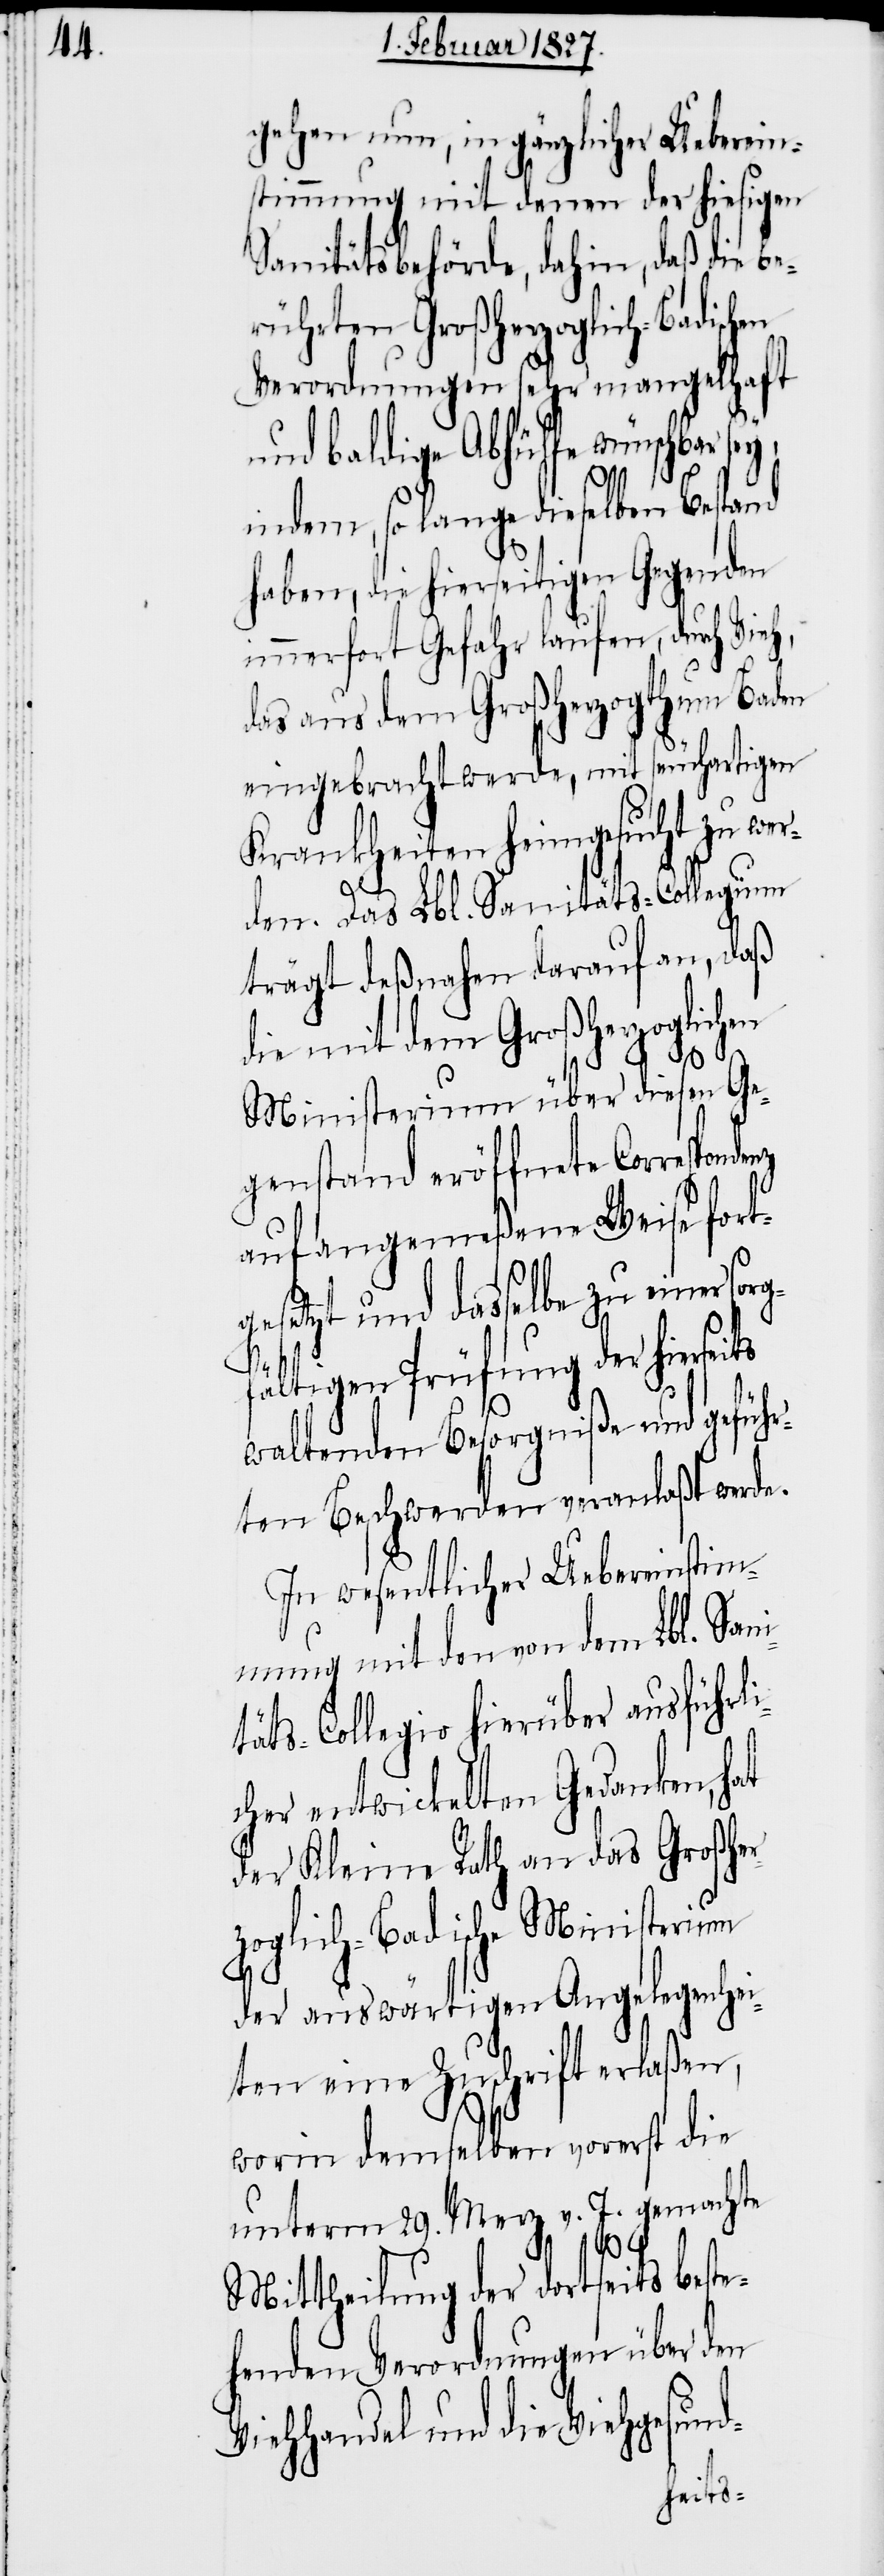
gehen nun, in gänzlicher Ueberein¬
stimmung mit denen der hiesigen
Sanitätsbehörde, dahin, daß die be¬
rührten Großherzoglich-Badischen
Verordnungen sehr mangelhaft
und baldige Abhülfe wünschbar
li¬
indem, so lange dieselben Bestand
haben, die hierseitigen Gegenden
immerfort Gefahr laufen, durch Vieh,
das aus dem Großherzogthum Baden
eingebracht werde, mit seuchartigen
Krankheiten heimgesucht zu wer¬
den. Das Lbl. Sanitäts-Collegium
trägt deßnahen darauf an, daß
die mit dem Großherzoglichen
Ministerium über diesen Ge¬
genstand eröffnete Corres¬
auf angemeßene Weise fort¬
gesetzt und dasselbe zu einer sor¬
gfältigen Prüfung der hiersei¬
ts
waltenden Besorgniße und geführ¬
ten Beschwerden veranlaßt werde.
In wesentlicher Uebereinstim¬
mung mit den von dem Lbl. San¬
täts-Collegio hierüber ausführ¬
cher entwickelten Gedanken, hat
der Kleine Rath an das Großhe¬
rzoglich-Badische Ministerium
der auswärtigen Angelegenhei¬
ten eine Zuschrift erlaßen,
worin demselben vorerst die
unterm 29. Merz v. J. gemachte
pondenz
Mittheilung der dortseits beste¬
henden Verordnungen über den
Viehhandel und die Viehgesund-